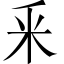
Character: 釆